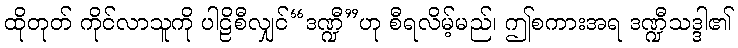
ထိုတုတ် ကိုင်လာသူကို ပါဠိစီလျှင်“ဒဏ္ဍီ”ဟု စီရလိမ့်မည်၊ ဤစကားအရ ဒဏ္ဍီသဒ္ဒါ၏